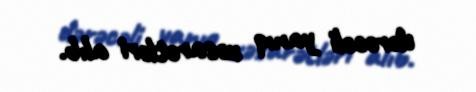
dərəcəli yanıq xəsarətləri alıb.